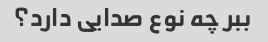
ببر چه نوع صدایی دارد؟